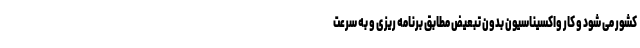
کشور می شود و کار واکسیناسیون بدون تبعیض مطابق برنامه ریزی و به سرعت